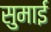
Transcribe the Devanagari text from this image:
सुमाई